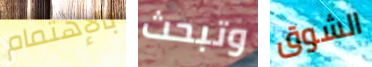
بالإهتمام وتبحث الشوق